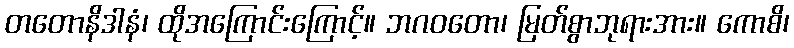
တတောနိဒါနံ၊ ထိုအကြောင်းကြောင့်။ ဘဂဝတော၊ မြတ်စွာဘုရားအား။ ကောစိ၊